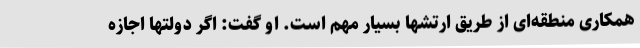
همکاری منطقه‌ای از طریق ارتشها بسیار مهم است. او گفت: اگر دولتها اجازه